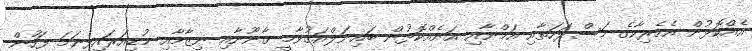
އެއްކޮޅުން އެމެރިކާގެ މަސްލަހަތާއި އަމްނާއި އަނެއްކޮޅުން ބައިނަލްއަޤުވާމީ ޤާނޫނާއި ނިޒާމާއި މުޑިއަރައިފިނަމަ ފަހުން